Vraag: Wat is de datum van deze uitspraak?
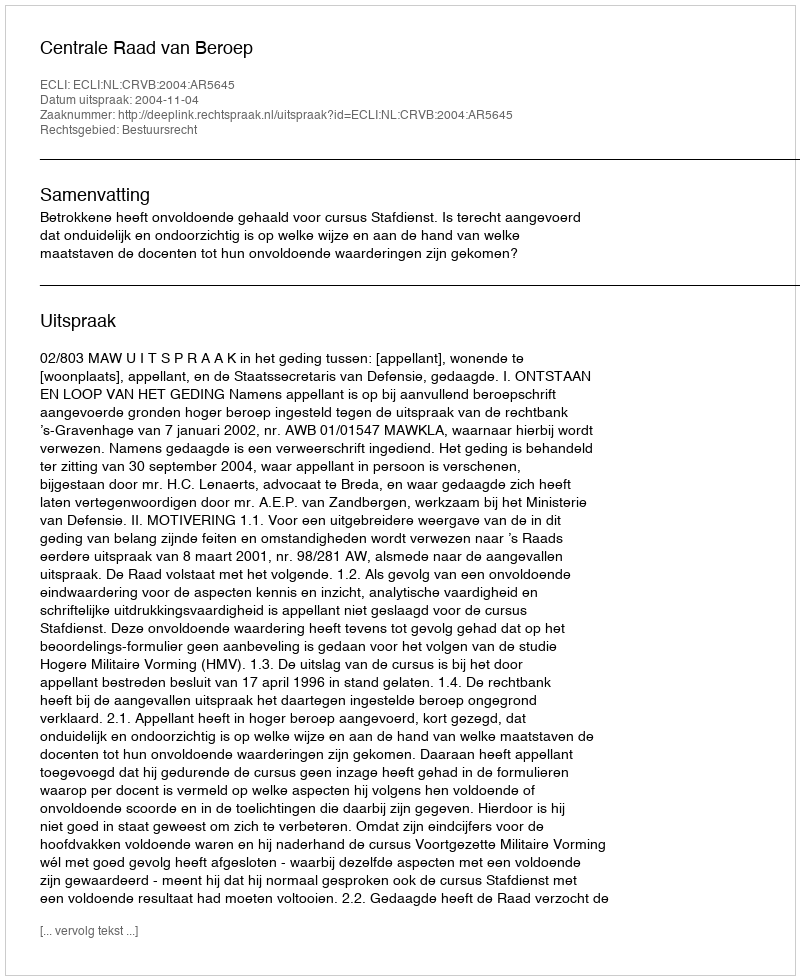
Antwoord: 2004-11-04